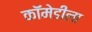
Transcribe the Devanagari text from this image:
कॉमेडीला